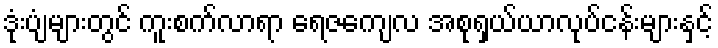
ဒုံးပျံများတွင် ကူးစက်လာရာ ရေဇကျေလ အစုရှယ်ယာလုပ်ငန်းများနှင့်